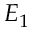
E _ { 1 }